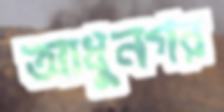
আধুনগর